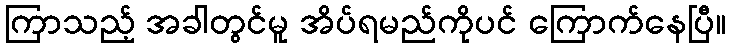
ကြာသည့် အခါတွင်မူ အိပ်ရမည်ကိုပင် ကြောက်နေပြီ။